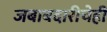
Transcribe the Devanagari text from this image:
जबाबदारीचेही